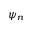
\psi _ { n }